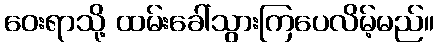
ဝေးရာသို့ ထမ်းခေါ်သွားကြပေလိမ့်မည်။